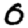
Digit: 0